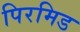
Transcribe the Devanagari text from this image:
पिरमिड